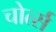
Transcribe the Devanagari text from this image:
चोर्त्स